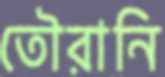
তৌরানি